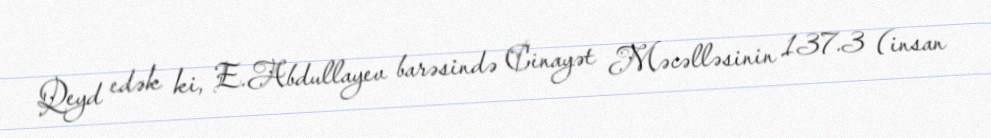
Qeyd edək ki, E.Abdullayev barəsində Cinayət Məcəlləsinin 137.3 (insan